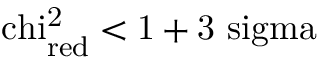
\mathrm { \ c h i _ { r e d } ^ { 2 } < 1 + 3 \ s i g m a }